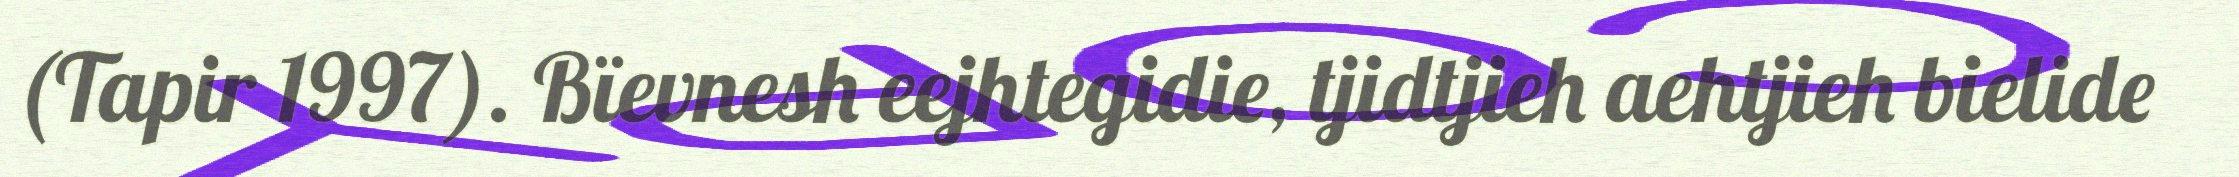
(Tapir 1997). Bïevnesh eejhtegidie, tjidtjieh aehtjieh bielide